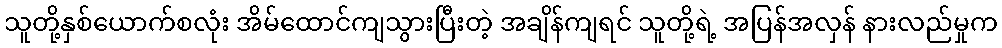
သူတို့နှစ်ယောက်စလုံး အိမ်ထောင်ကျသွားပြီးတဲ့ အချိန်ကျရင် သူတို့ရဲ့ အပြန်အလှန် နားလည်မှုက